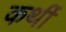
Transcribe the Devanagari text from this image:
कर्थी